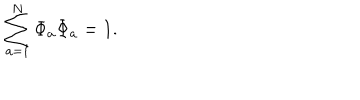
LaTeX: \sum _ { { a } = 1 } ^ { N } \Phi _ { a } \Phi _ { a } = 1 .